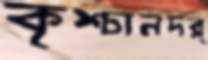
কৃশ্চানদর্